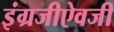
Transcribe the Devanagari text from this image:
इंग्रजीऐवजी